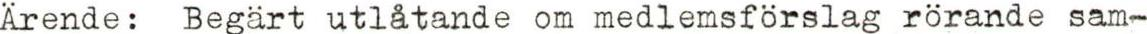
Ärende: Begärt utlåtande om medlemsförslag rörande sam-